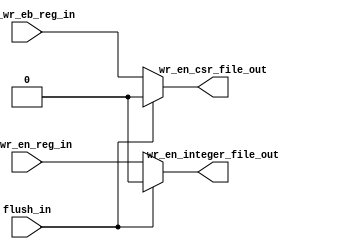
module wr_eb_generator(flush_in,rf_wr_en_reg_in,csr_wr_eb_reg_in,wr_en_integer_file_out,wr_en_csr_file_out);

	input flush_in,rf_wr_en_reg_in,csr_wr_eb_reg_in;
	output wr_en_csr_file_out,wr_en_integer_file_out;

	assign wr_en_csr_file_out = flush_in == 1'b1 ? 1'b0 : csr_wr_eb_reg_in;
 	assign wr_en_integer_file_out = flush_in == 1'b1 ? 1'b0 : rf_wr_en_reg_in;
	endmodule